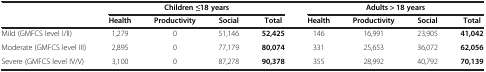
|  | <COLSPAN=4> Children ≤18 years | <COLSPAN=4> Adults > 18 years |
 |  | Health | Productivity | Social | Total | Health | Productivity | Social | Total |
 | --- | --- | --- | --- | --- | --- | --- | --- | --- |
 | Mild (GMFCS level I/II) | 1,279 | 0 | 51,146 | 52,425 | 146 | 16,991 | 23,905 | 41,042 |
 | Moderate (GMFCS level III) | 2,895 | 0 | 77,179 | 80,074 | 331 | 25,653 | 36,072 | 62,056 |
 | Severe (GMFCS level IV/V) | 3,100 | 0 | 87,278 | 90,378 | 355 | 28,992 | 40,792 | 70,139 |